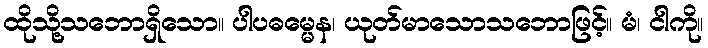
ထိုသို့သဘောရှိသော။ ပါပဓမ္မေန၊ ယုတ်မာသောသဘောဖြင့်။ မံ၊ ငါကို။